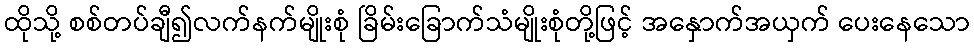
ထိုသို့ စစ်တပ်ချီ၍လက်နက်မျိုးစုံ ခြိမ်းခြောက်သံမျိုးစုံတို့ဖြင့် အနှောက်အယှက် ပေးနေသော